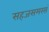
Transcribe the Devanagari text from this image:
सहजसमरसं